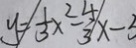
y = \frac { 1 } { 3 } x ^ { 2 } - \frac { 4 } { 3 } x - 3